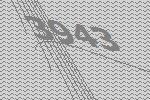
3943